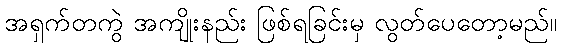
အရှက်တကွဲ အကျိုးနည်း ဖြစ်ရခြင်းမှ လွတ်ပေတော့မည်။